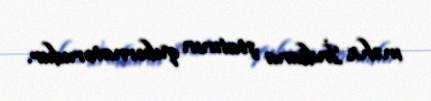
məhz İndiana ştatının qubernatorudur.